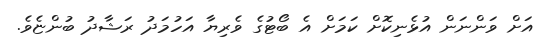
އަށް ވަންނަން އުޅެނިކޮށް ކަމަށް އެ ބޯޓުގެ ވެރިޔާ އަހުމަދު ރަޝާދު ބުންޏެވެ.